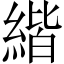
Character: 𦂄